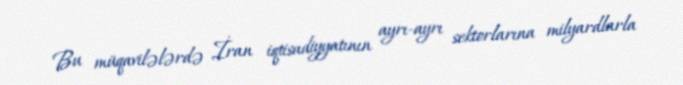
Bu müqavilələrdə İran iqtisadiyyatının ayrı-ayrı sektorlarına milyardlarla